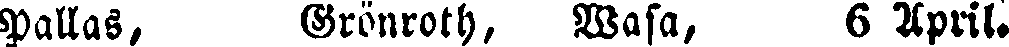
Pallas, Grönroth, Wasa, 6 April.